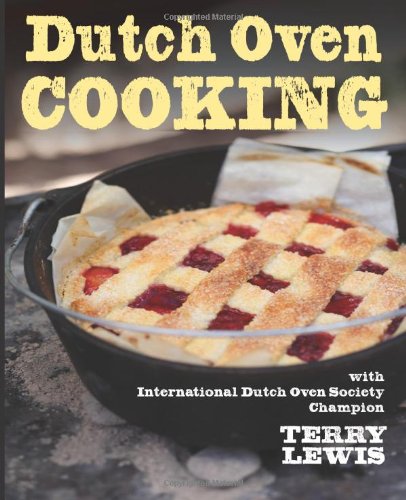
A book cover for Dutch Oven Cooking: With International Dutch Oven Society Champion Terry Lewis; Terry Lewis; Cookbooks, Food & Wine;